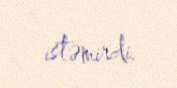
istəmirdi.